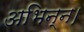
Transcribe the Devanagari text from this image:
अभिन्न।